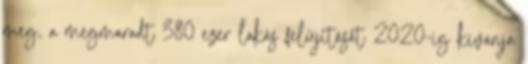
meg, a megmaradt 380 ezer lakás felújítását 2020-ig kívánja